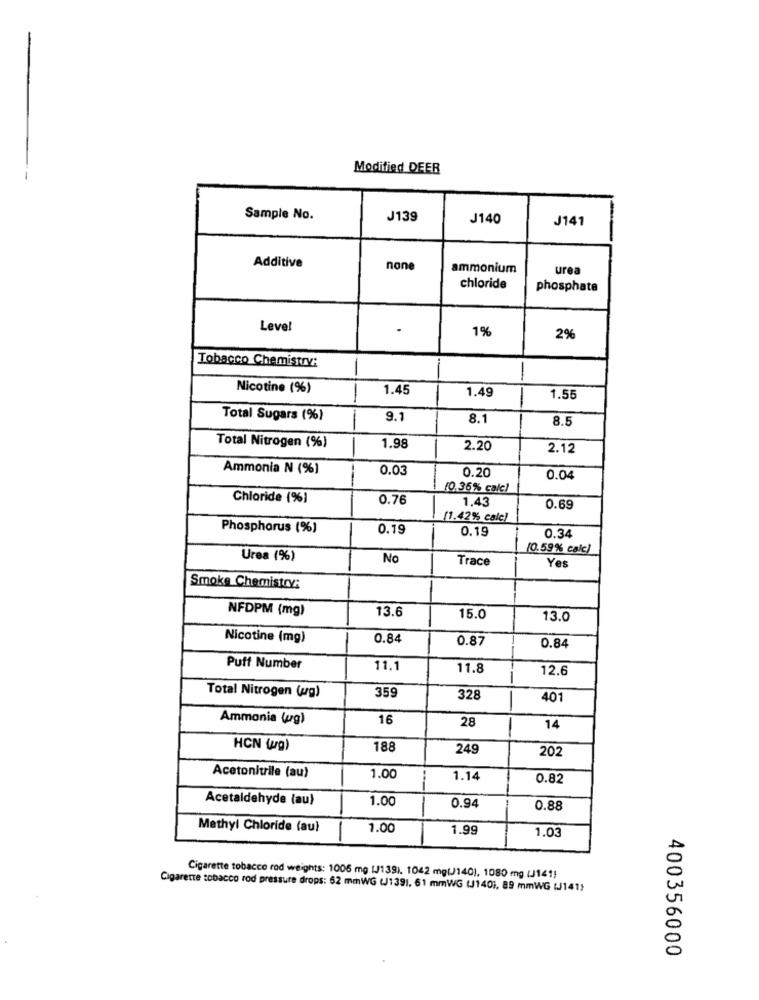
Modified DEER
Sample No.
J139
J140
J141
Additive
none
ammonium
urea
chloride
phosphate
Level
.
1%
2%
Tobacco Chemistry:
Nicotine (%)
1.45
1.49
1.55
Total Sugars (%)
9.1
8.1
8.5
Total Nitrogen (%)
1.98
2.20
2.12
Ammonia N (%)
0.03
0.20
0.04
(0.36% calc)
Chloride (%)
0.76
1.43
0.69
[1.42% calc)
Phosphorus (%)
0.19
0.19
0.34
(0.59% calc)
Urea (%)
No
Trace
Yes
Smoke Chemistry:
NFDPM (mg)
13.6
15.0
13.0
Nicotine (mg)
0.84
0.87
0.84
Puff Number
11.1
11.8
12.6
359
Total Nitrogen (ug)
328
401
Ammonia (ug)
16
28
14
HCN (g)
188
249
202
Acetonitrile (au)
1.00
1.14
0.82
Acetaldehyde (au)
1.00
0.94
0.88
Methyl Chloride (au)
1.00
1.99
1.03
Cigarette tobacco rod weights: 1006 mg (J139). 1042 mg(J140), 1080 mg (J141)
Cigarette tobacco rod pressure drops: 62 mmWG (J1391. 61 mmWG (140), 89 mmWG (J141)
400356000